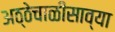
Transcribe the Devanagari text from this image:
अठ्ठेचाळीसाव्या